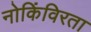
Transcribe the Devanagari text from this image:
नोकिंविरता